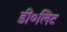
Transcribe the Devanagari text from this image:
डी०लिट